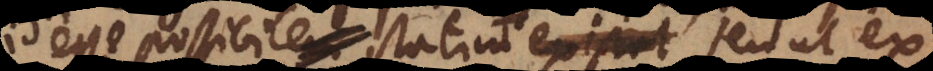
id esse possibile, statim existat, sequatur